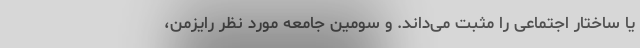
یا ساختار اجتماعی را مثبت می‌داند. و سومین جامعه مورد نظر رایزمن،